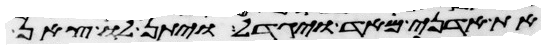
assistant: את אדני מאד ויגדל ויתן לו צאן